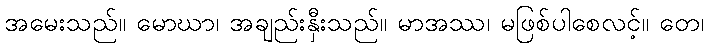
အမေးသည်။ မောဃာ၊ အချည်းနှီးသည်။ မာအဿ၊ မဖြစ်ပါစေလင့်။ တေ၊